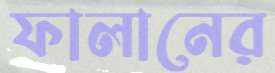
ফালানের